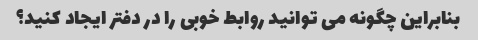
بنابراین چگونه می توانید روابط خوبی را در دفتر ایجاد کنید؟